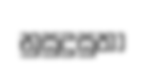
නුසුදුසුතා